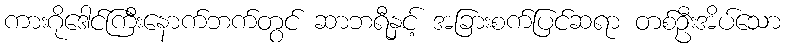
ကားဂိုဒေါင်ကြီးနောက်ဘက်တွင် ဆာဘရီနှင့် အခြားစက်ပြင်ဆရာ တစ်ဦးအိပ်သော